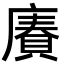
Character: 𢊷